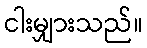
ငါးမျှားသည်။